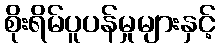
စိုးရိမ်ပူပန်မှုများနှင့်